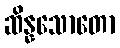
ဆိန္နသောတော